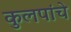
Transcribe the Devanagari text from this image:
कुलपांचे